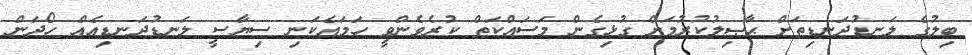
ބިލުގެ ލަނޑުދަނޑިތަށް ޙާޞިލުކުރުމަށް ގުޅިގެން މަސައްކަތް ކުރެވެންވީ ހަމައެކަނި ސިޔާސީ ލަނޑުދަނޑިއެއް ހޯދަން